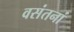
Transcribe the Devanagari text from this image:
वसंतनां